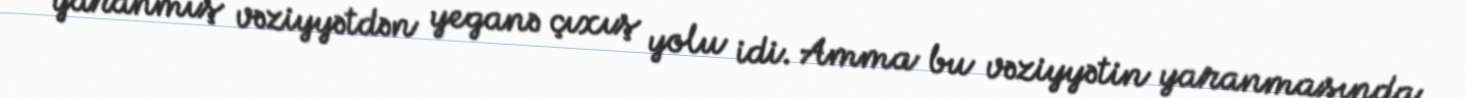
yaranmış vəziyyətdən yeganə çıxış yolu idi. Amma bu vəziyyətin yaranmasında